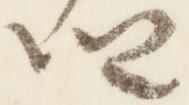
卿